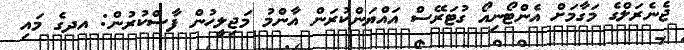
ޖެނެރަލްގެ މަގާމަށް އެންޓޯނިއޯ ގުޓަރޭސް އައްޔަންކުރަން އާންމު މަޖިލީހުން ފާސްކުރުން: އދގެ މައި